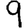
Digit: 9